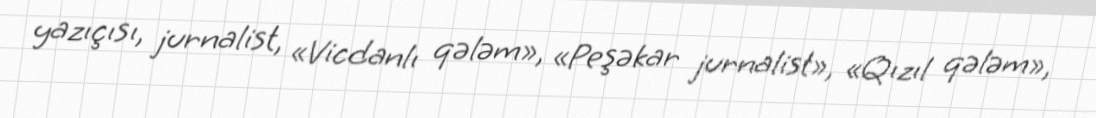
yazıçısı, jurnalist, «Vicdanlı qələm», «Peşəkar jurnalist», «Qızıl qələm»,